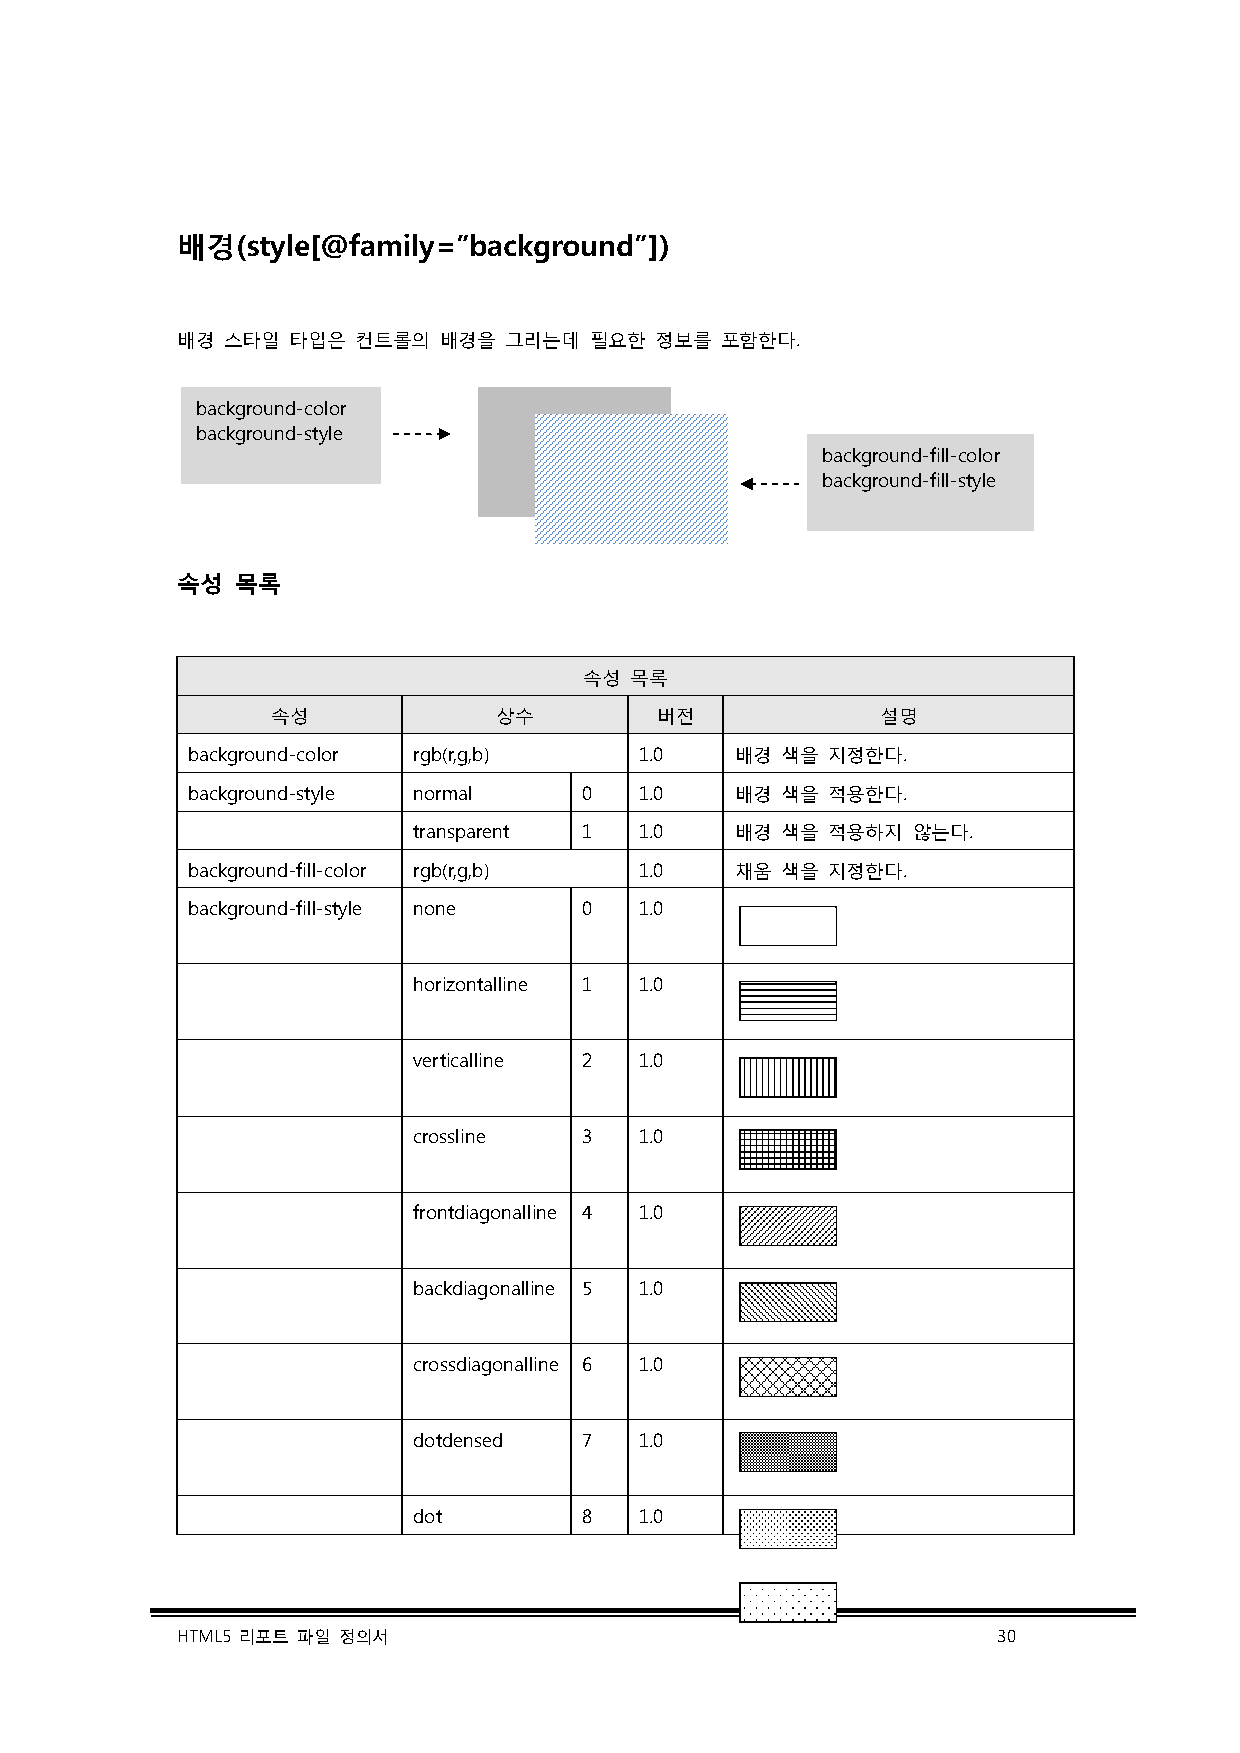
배경(style[@family=”background”])
 배경 스타일 타입은  컨트롤의 배경을 그리는데  필요한 정보를  포함한다.
 background-color
 background-style
 background-fill-color
 background-fill-style
 속성  목록
 속성 목록
 속성             상수        버전             설명
 background-color rgb(r,g,b)   1.0    배경 색을 지정한다.
 background-style normal    0  1.0    배경 색을 적용한다.
 transparent 1  1.0    배경 색을 적용하지 않는다.
 background-fill-color rgb(r,g,b) 1.0 채움 색을 지정한다.
 background-fill-style none 0  1.0
 horizontalline 1 1.0
 verticalline 2 1.0
 crossline   3  1.0
 frontdiagonalline 4 1.0
 backdiagonalline 5 1.0
 crossdiagonalline 6 1.0
 dotdensed   7  1.0
 dot         8  1.0
 HTML5 리포트 파일 정의서                                      30